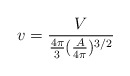
\begin{align*}v=\frac{V}{\frac{4 \pi}{3} (\frac{A}{4 \pi})^{3/2}}\end{align*}